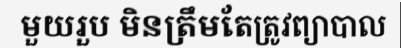
មួយរួប មិនត្រឹមតែត្រូវព្យាបាល